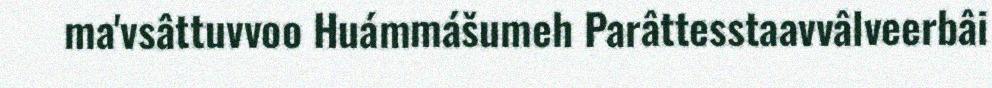
ma'vsâttuvvoo Huámmášumeh Parâttesstaavvâlveerbâi